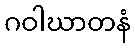
ဂဝါဃာတနံ